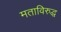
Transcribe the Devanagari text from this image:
मताविरुद्ध